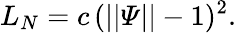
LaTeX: L_{N}=c\, (||\varPsi||-1)^{2}.